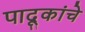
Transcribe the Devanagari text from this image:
पादूकांचे